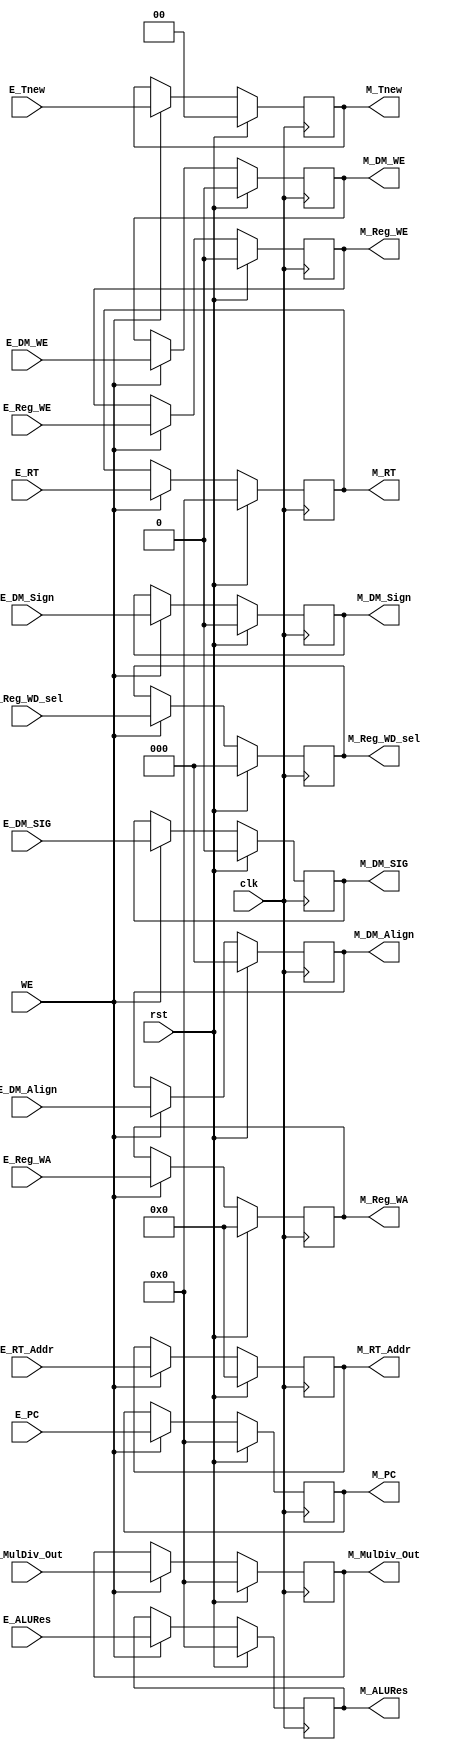
// This program was cloned from: https://github.com/Qin-shihuang/BUAA_CO_2023
// License: MIT License

module M_Reg (
    input wire clk,
    input wire rst,
    input wire WE,

    input wire [31:0] E_PC,
    input wire [1:0] E_Tnew,

    input wire [4:0] E_RT_Addr,
    input wire [31:0] E_RT,
    input wire E_DM_WE,
    input wire [2:0] E_DM_Align,
    input wire E_DM_Sign,
    input wire E_DM_SIG,

    input wire [31:0] E_ALURes,
    input wire [31:0] E_MulDiv_Out,
    input wire E_Reg_WE,
    input wire [4:0] E_Reg_WA,
    input wire [2:0] E_Reg_WD_sel,

    output reg [31:0] M_PC,
    output reg [1:0] M_Tnew,

    output reg [4:0] M_RT_Addr,
    output reg [31:0] M_RT,
    output reg M_DM_WE,
    output reg [2:0] M_DM_Align,
    output reg M_DM_Sign,
    output reg M_DM_SIG,

    output reg [31:0] M_ALURes,
    output reg [31:0] M_MulDiv_Out,
    output reg M_Reg_WE,
    output reg [4:0] M_Reg_WA,
    output reg [2:0] M_Reg_WD_sel
);
    always @(posedge clk) begin
        if (rst) begin
            M_PC <= 0;
            M_Tnew <= 0;
            M_RT_Addr <= 0;
            M_RT <= 0;
            M_DM_WE <= 0;
            M_DM_Align <= 0;
            M_DM_Sign <= 0;
            M_DM_SIG <= 0;
            M_ALURes <= 0;
            M_MulDiv_Out <= 0;
            M_Reg_WE <= 0;
            M_Reg_WA <= 0;
            M_Reg_WD_sel <= 0;
        end
        else if (WE) begin
            M_PC <= E_PC;
            M_Tnew <= E_Tnew;
            M_RT_Addr <= E_RT_Addr;
            M_RT <= E_RT;
            M_DM_WE <= E_DM_WE;
            M_DM_Align <= E_DM_Align;
            M_DM_Sign <= E_DM_Sign;
            M_DM_SIG <= E_DM_SIG;
            M_ALURes <= E_ALURes;
            M_MulDiv_Out <= E_MulDiv_Out;
            M_Reg_WE <= E_Reg_WE;
            M_Reg_WA <= E_Reg_WA;
            M_Reg_WD_sel <= E_Reg_WD_sel;
        end
    end
endmodule